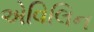
એવિલિન